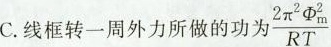
线框转一周外力所做的功为\frac{ 2 \pi ^{ 2 }\Phi _{m}^{ 2 }}{ R T }